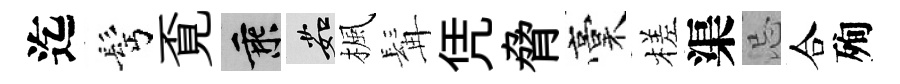
迄髩覔乘茹楓髯凭脅稾槎渠忌合殉